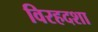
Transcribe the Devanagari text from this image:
विरहदशा